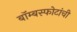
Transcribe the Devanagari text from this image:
बॉम्बस्फोटांची